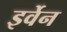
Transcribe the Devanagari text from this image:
इर्वेन